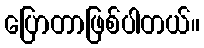
ပြောတာဖြစ်ပါတယ်။